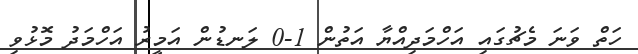
ހަތް ވަނަ މެޗުގައި އަހްމަދިއްޔާ އަތުން 1-0 ލަނޑުން އަމީރު އަހްމަދު މޮޅުވި